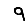
Digit: 9